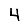
Digit: 4